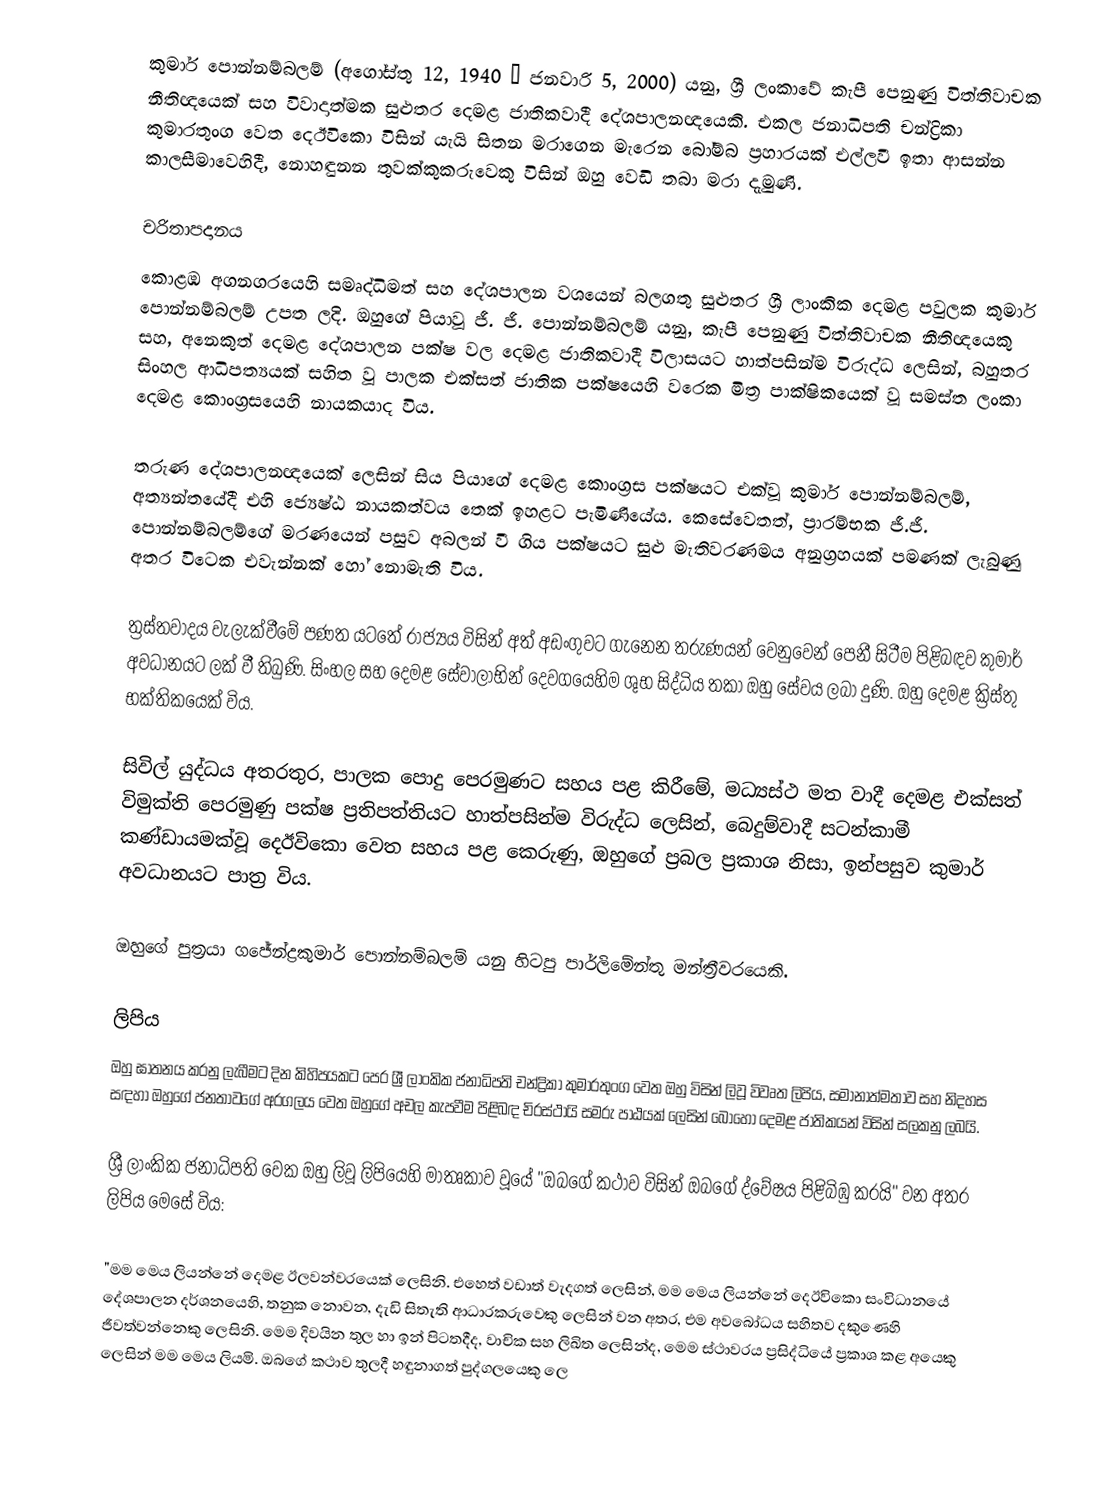
කුමාර් පොන්නම්බලම් (අගෝස්තු 12, 1940 – ජනවාරි 5, 2000) යනු,  ශ්‍රී ලංකාවේ  කැපී පෙනුණු විත්තිවාචක නීතිඥයෙක් සහ  විවාදාත්මක සුළුතර දෙමළ ජාතිකවාදී දේශපාලනඥයෙකි. එකල ජනාධිපති චන්ද්‍රිකා කුමාරතුංග වෙත දෙඊවිකො විසින් යැයි සිතන  මරාගෙන මැරෙන බෝම්බ ප්‍රහාරයක් එල්ලවී ඉතා ආසන්න කාලසීමාවෙහිදී, නොහඳුනන තුවක්කුකරුවෙකු විසින් ඔහු වෙඩි තබා මරා දැමුණි.

චරිතාපදානය
කොළඹ අගනගරයෙහි සමෘද්ධිමත් සහ දේශපාලන වශයෙන් බලගතු සුළුතර ශ්‍රී ලාංකික දෙමළ පවුලක කුමාර් පොන්නම්බලම් උපත ලදි.  ඔහුගේ පියාවූ ජී. ජී. පොන්නම්බලම් යනු, කැපී පෙනුණු විත්තිවාචක නීතිඥයෙකු සහ, අනෙකුත් දෙමළ දේශපාලන පක්ෂ වල  දෙමළ ජාතිකවාදී විලාසයට හාත්පසින්ම විරුද්ධ ලෙසින්,  බහුතර සිංහල ආධිපත්‍යයක්  සහිත වූ පාලක එක්සත් ජාතික පක්ෂයෙහි වරෙක මිත්‍ර පාක්ෂිකයෙක් වූ  සමස්ත ලංකා දෙමළ කොංග්‍රසයෙහි නායකයාද විය.

තරුණ දේශපාලනඥයෙක් ලෙසින් සිය පියාගේ දෙමළ කොංග්‍රස පක්ෂයට එක්වූ කුමාර් පොන්නම්බලම්, අත්‍යන්තයේදී එහි ජ්‍යෙෂ්ඨ නායකත්වය තෙක් ඉහළට පැමිණියේය. කෙසේවෙතත්, ප්‍රාරම්භක ජී.ජී. පොන්නම්බලම්ගේ මරණයෙන් පසුව අබලන් වී ගිය පක්ෂයට සුළු මැතිවරණමය අනුග්‍රහයක් පමණක් ලැබුණු අතර විටෙක එවැන්නක්  හෝ නොමැති විය.

ත්‍රස්තවාදය වැලැක්වීමේ පණත යටතේ රාජ්‍යය විසින් අත් අඩංගුවට ගැනෙන තරුණයන් වෙනුවෙන් පෙනී සිටීම පිළිබඳව කුමාර් අවධානයට ලක් වී තිබුණි. සිංහල සහ දෙමළ සේවාලාභින් දෙවගයෙහිම ශුභ සිද්ධිය තකා ඔහු සේවය ලබා දුණි. ඔහු දෙමළ ක්‍රිස්තු භක්තිකයෙක් විය.

සිවිල් යුද්ධය අතරතුර,  පාලක පොදු පෙරමුණට සහය පළ කිරීමේ, මධ්‍යස්ථ මත වාදී දෙමළ එක්සත් විමුක්ති පෙරමුණු පක්ෂ ප්‍රතිපත්තියට හාත්පසින්ම විරුද්ධ ලෙසින්,  බෙදුම්වාදී සටන්කාමී කණ්ඩායමක්වූ  දෙඊවිකො වෙත සහය පළ කෙරුණු, ඔහුගේ ප්‍රබල ප්‍රකාශ නිසා, ඉන්පසුව කුමාර් අවධානයට පාත්‍ර විය.

ඔහුගේ පුත්‍රයා ගජේන්ද්‍රකුමාර් පොන්නම්බලම් යනු හිටපු පාර්ලිමේන්තු මන්ත්‍රීවරයෙකි.

ලිපිය
ඔහු ඝාතනය කරනු ලැබීමට දින කිහිපයකට පෙර ශ්‍රී ලාංකික ජනාධිපති චන්ද්‍රිකා කුමාරතුංග වෙත ඔහු විසින් ලිවූ විවෘත ලිපිය, සමානාත්මතාව සහ නිදහස සඳහා ඔහුගේ ජනතාවගේ අරගලය වෙත ඔහුගේ අචල කැපවීම පිළිබඳ  චිරස්ථායි සමරු පාඨයක්  ලෙසින් බොහෝ දෙමළ ජාතිකයන් විසින් සලකනු ලබයි.

ශ්‍රී ලාංකික ජනාධිපති වෙක ඔහු ලිවූ ලිපියෙහි මාතෘකාව වූයේ  "ඔබගේ කථාව විසින් ඔබගේ ද්වේෂය පිළිබිඹු කරයි" වන අතර ලිපිය මෙසේ විය:

"මම මෙය ලියන්නේ දෙමළ ඊලවන්වරයෙක් ලෙසිනි. එහෙත් වඩාත් වැදගත් ලෙසින්, මම මෙය ලියන්නේ දෙඊවිකො සංවිධානයේ දේශපාලන දර්ශනයෙහි, තනුක නොවන, දැඩි සිතැති ආධාරකරුවෙකු ලෙසින් වන අතර,  එම අවබෝධය සහිතව දකුණෙහි ජීවත්වන්නෙකු ලෙසිනි. මෙම දිවයින තුල හා ඉන් පිටතදීද, වාචික සහ ලිඛිත ලෙසින්ද, මෙම ස්ථාවරය ප්‍රසිද්ධියේ ප්‍රකාශ කළ අයෙකු ලෙසින් මම මෙය ලියමි. ඔබගේ කථාව තුලදී හඳුනාගත් පුද්ගලයෙකු ලෙ